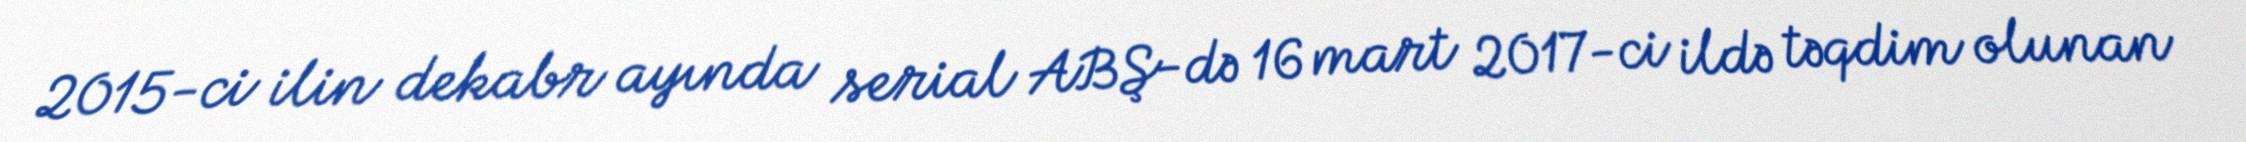
2015-ci ilin dekabr ayında serial ABŞ-də 16 mart 2017-ci ildə təqdim olunan